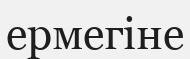
ермегіне